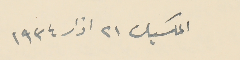
المكسيك ٢١ اذار ١٩٣٤